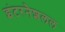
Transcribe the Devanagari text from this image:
इंटरनैशलल